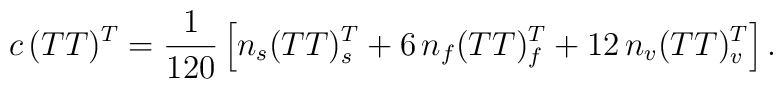
c\, (TT)^T={\frac{1}{120}}\left[n_s (TT)^T_s+6\, n_f (TT)^T_f +12 \, n_v(TT)^T_v \right].